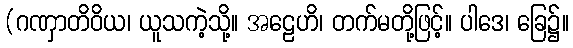
(ဂဏှာတိဝိယ၊ ယူသကဲ့သို့။ အဠေဟိ၊ တက်မတို့ဖြင့်။ ပါဒေ၊ ခြေ၌။